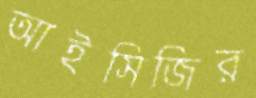
আইসিজির